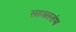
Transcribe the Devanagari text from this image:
सहस्त्रस्तंभ